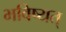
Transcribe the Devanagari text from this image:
भविष्यत्‌